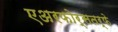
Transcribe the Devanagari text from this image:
एअरफोर्सतर्फे